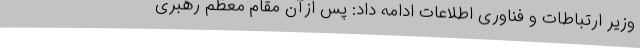
وزیر ارتباطات و فناوری اطلاعات ادامه داد: پس ازآن مقام معظم رهبری